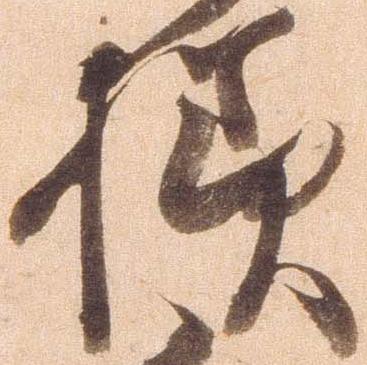
様